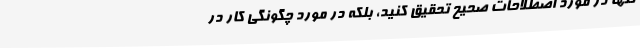
تنها در مورد اصطلاحات صحیح تحقیق کنید، بلکه در مورد چگونگی کار در